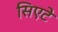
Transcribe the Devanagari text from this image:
सिएटे